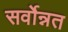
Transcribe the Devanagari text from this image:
सर्वोन्नत